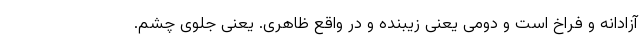
آزادانه و فراخ است و دومی یعنی زیبنده و در واقع ظاهری. یعنی جلوی چشم.